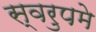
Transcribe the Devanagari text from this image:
स्वरुपमे